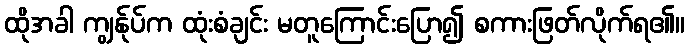
ထိုအခါ ကျွန်ုပ်က ထုံးစံချင်း မတူကြောင်းပြော၍ စကားဖြတ်လိုက်ရ၏။